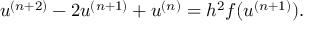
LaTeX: u ^ { ( n + 2 ) } - 2 u ^ { ( n + 1 ) } + u ^ { ( n ) } = h ^ { 2 } f ( u ^ { ( n + 1 ) } ) .